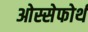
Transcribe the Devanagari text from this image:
ओस्सेफोर्थ